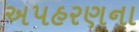
અપહરણના